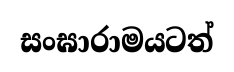
සංඝාරාමයටත්